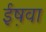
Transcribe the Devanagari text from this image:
ईष़वा